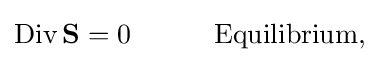
{\begin{aligned}{\rm {Div}}\,{\bf {S}}&=0&&\qquad {\text{Equilibrium}},\\[3pt]\end{aligned}}